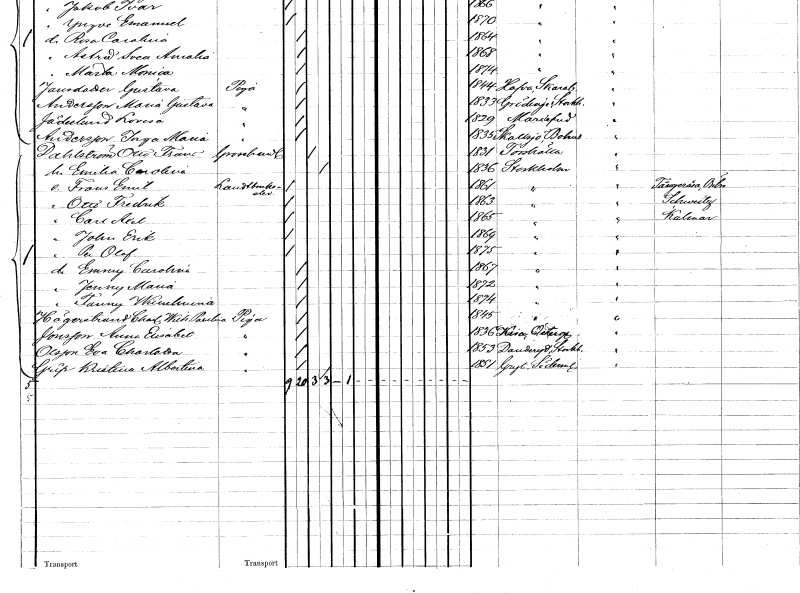
gt_parse: households: individuals: FN: Otto Frans
EN: Dahlström
YRKE: Grosshandlare
KON: M
CIV: G
FODAR: 1831
FODFORS: Torshälla Södermanlands län
FN: Emilia Carolina
KON: K
CIV: G
FODAR: 1836
FODFORS: Stockholm
FN: Frans Emil
YRKE: Lantbrukselev
KON: M
CIV: O
FODAR: 1861
FODFORS: Stockholm
FN: Otto Fredrik
KON: M
CIV: O
FODAR: 1863
FODFORS: Stockholm
FN: Carl Axel
KON: M
CIV: O
FODAR: 1865
FODFORS: Stockholm
FN: John Erik
KON: M
CIV: O
FODAR: 1869
FODFORS: Stockholm
FN: Per Olof
KON: M
CIV: O
FODAR: 1875
FODFORS: Stockholm
FN: Emmy Carolina
KON: K
CIV: O
FODAR: 1867
FODFORS: Stockholm
FN: Jenny Maria
KON: K
CIV: O
FODAR: 1872
FODFORS: Stockholm
FN: Fanny Wilhelmina
KON: K
CIV: O
FODAR: 1874
FODFORS: Stockholm
FN: Charlotta Wilhelmina Paulina
EN: Hägerstrand
YRKE: Piga
KON: K
CIV: O
FODAR: 1845
FODFORS: Stockholm
FN: Anna Elisabet
EN: Jonsson
YRKE: Piga
KON: K
CIV: O
FODAR: 1836
FODFORS: Kisa Östergötlands län
FN: Eva Charlotta
EN: Olsson
YRKE: Piga
KON: K
CIV: O
FODAR: 1853
FODFORS: Danderyd Stockholms län
FN: Kristina Albertina
EN: Grip
YRKE: Piga
KON: K
CIV: O
FODAR: 1851
FODFORS: Gryt Södermanlands län